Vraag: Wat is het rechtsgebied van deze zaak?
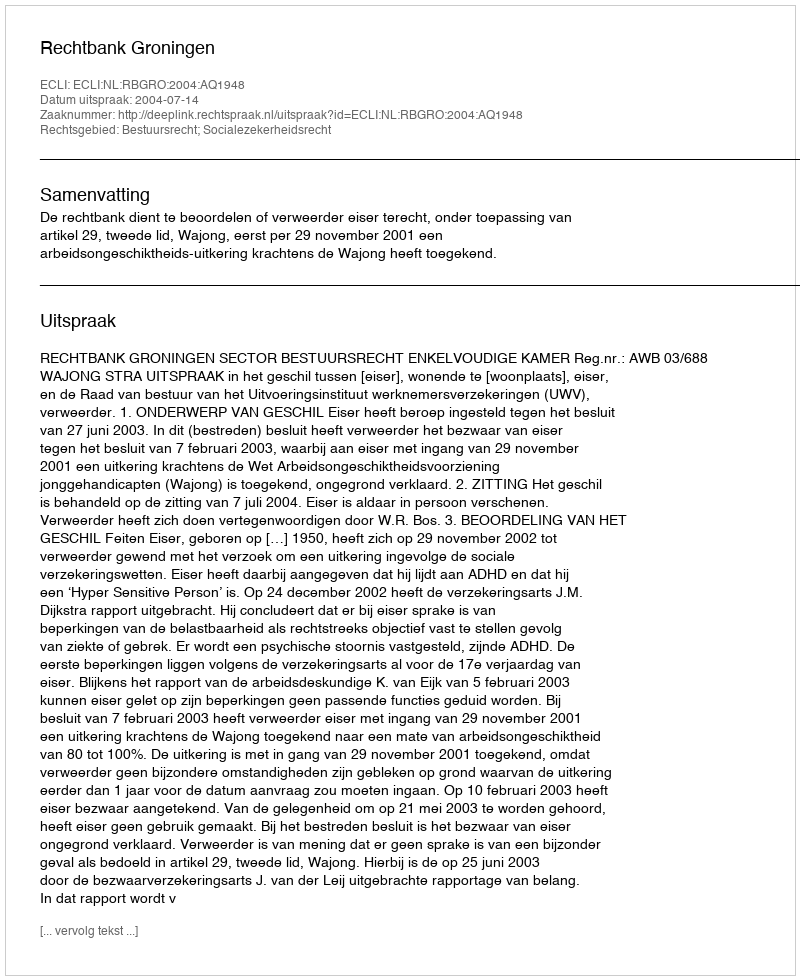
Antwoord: Bestuursrecht; Socialezekerheidsrecht